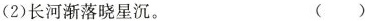
(2)长河渐落晓星沉。 ( )